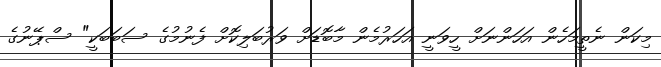
މިކަން ނެތީމަހެން އަހަންނަށް ހީވަނީ އަހަރުމެން މާބޮޑަށް ވަރުބަލިކޮށް ފެނުމުގެ ސަބަބަކީ" ސްޕޭނުގެ